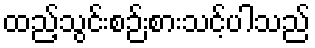
ထည့်သွင်းစဉ်းစားသင့်ပါသည်